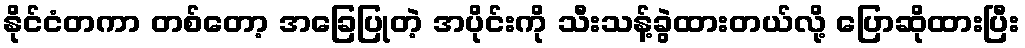
နိုင်ငံတကာ တစ်တော့ အခြေပြုတဲ့ အပိုင်းကို သီးသန့်ခွဲထားတယ်လို့ ပြောဆိုထားပြီး